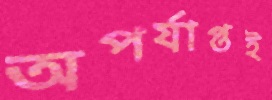
অপর্যাপ্তই